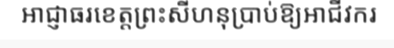
អាជ្ញាធរខេត្តព្រះសីហនុប្រាប់ឱ្យអាជីវករ